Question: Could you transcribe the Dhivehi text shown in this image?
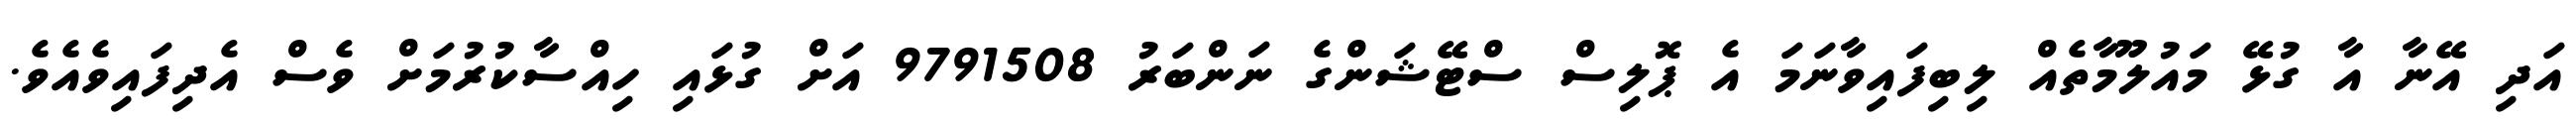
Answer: އަދި އޭނާ އާ ގުޅޭ މައުލޫމާތެއް ލިބިފައިވާނަމަ އެ ޕޮލިސް ސްޓޭޝަންގެ ނަންބަރު 9791508 އަށް ގުޅައި ހިއްސާކުރުމަށް ވެސް އެދިފައިވެއެވެ.